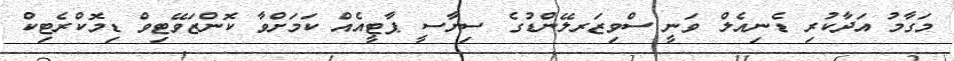
މަގާމު އަދާކުރި ޑެނިއެލް ވަނީ ސްވިޒަރލޭންޑުގެ ސިޔާސީ ޕާޓީއެއް ކަމަށްވާ ކޮންޒަވޭޓިވް ޑިމޮކްރެޓިކް